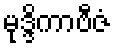
မုဒ္ဒိကာဗီဇံ